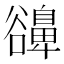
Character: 𧯔